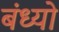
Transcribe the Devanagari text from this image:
बंध्यो